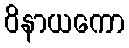
ဝိနာယကော